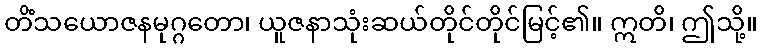
တိံသယောဇနမုဂ္ဂတော၊ ယူဇနာသုံးဆယ်တိုင်တိုင်မြင့်၏။ ဣတိ၊ ဤသို့။